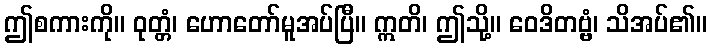
ဤစကားကို။ ဝုတ္တံ၊ ဟောတော်မူအပ်ပြီ။ ဣတိ၊ ဤသို့။ ဝေဒိတဗ္ဗံ၊ သိအပ်၏။